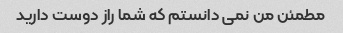
مطمئن من نمی دانستم که شما راز دوست دارید